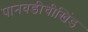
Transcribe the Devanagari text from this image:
पानवडीचीखिंड